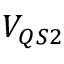
V _ { Q S 2 }